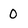
Character: 0